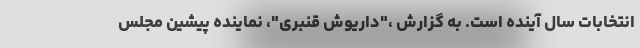
انتخابات سال آینده است. به گزارش ،"داریوش قنبری"، نماینده پیشین مجلس